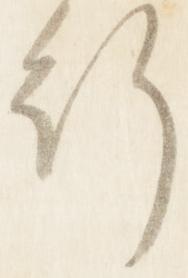
行